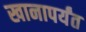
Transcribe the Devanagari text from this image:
खानापर्यंत